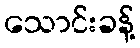
သောင်းခန့်